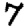
Digit: 7